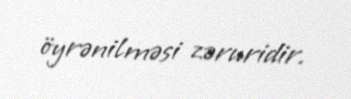
öyrənilməsi zəruridir.